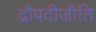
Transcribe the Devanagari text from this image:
द्रौपदीजीति